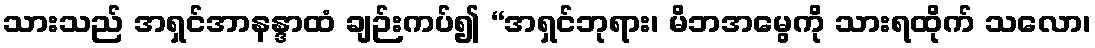
သားသည် အရှင်အာနန္ဒာထံ ချဉ်းကပ်၍ “အရှင်ဘုရား၊ မိဘအမွေကို သားရထိုက် သလော၊